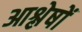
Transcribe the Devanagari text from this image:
आश्लेषों